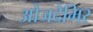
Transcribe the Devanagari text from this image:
ओजदेमिर